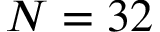
N = 3 2